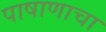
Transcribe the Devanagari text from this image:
पाषाणाचा